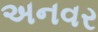
અનવર